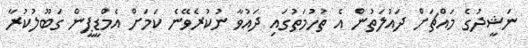
ނަޝީދުގެ މައްޗަށް ދައުލަތުން އެ ތުހުމަތުގައި ދައުވާ ނުކުރެވޭނެ ކަމަށް އެމްޑީޕީން ގަބޫޫލުކުރާ